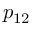
p _ { 1 2 }